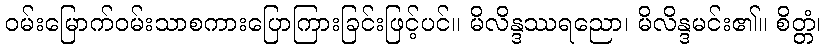
ဝမ်းမြောက်ဝမ်းသာစကားပြောကြားခြင်းဖြင့်ပင်။ မိလိန္ဒဿရညော၊ မိလိန္ဒမင်း၏။ စိတ္တံ၊